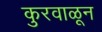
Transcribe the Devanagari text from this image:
कुरवाळून